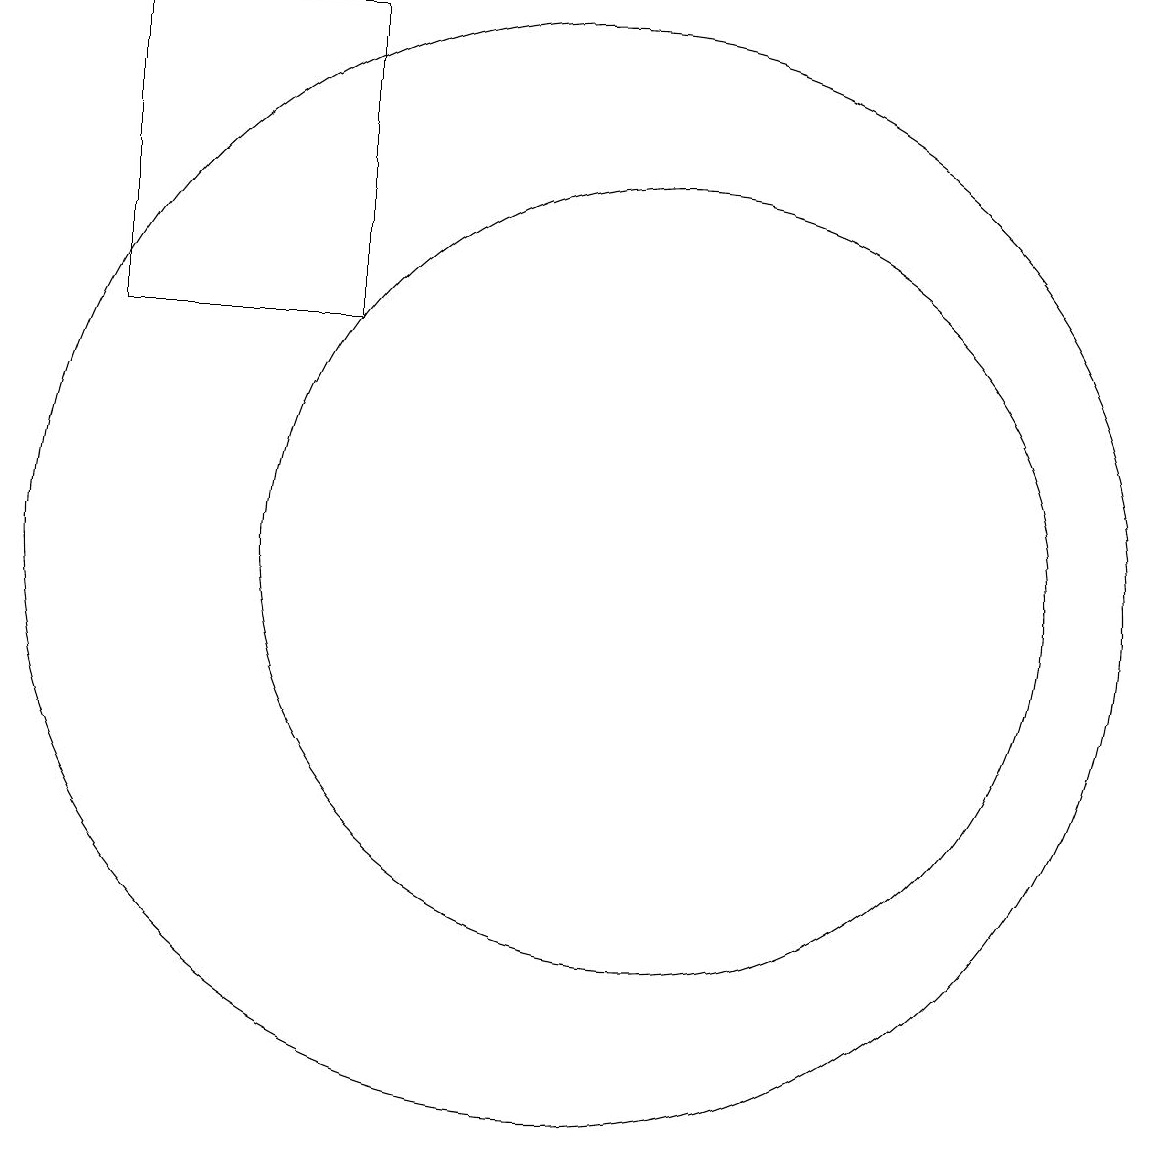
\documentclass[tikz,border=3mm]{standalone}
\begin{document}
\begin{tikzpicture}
\draw (7,18) rectangle (4,14);
\draw (11,11) circle (5);
\draw (10,11) circle (7);
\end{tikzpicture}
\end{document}